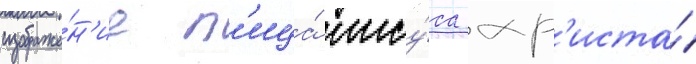
изображе́н'ие л'ица́ иису́са хр'иста́